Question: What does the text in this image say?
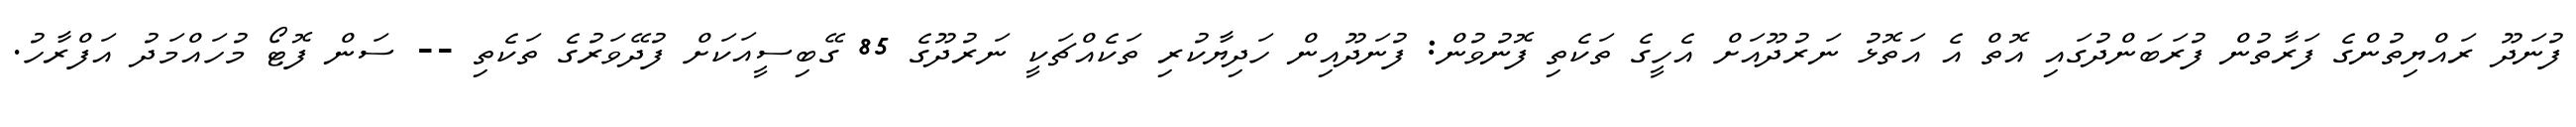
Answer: ފުނަދޫ ރައްޔިތުންގެ ފަރާތުން ފުރަބަންދުގައި އޮތް އެ އަތޮޅު ނަރުދޫއަށް އެހީގެ ތަކެތި ފޮނުވުން: ފުނަދޫއިން ހަދިޔާކުރި ތަކެއްޗަކީ ނަރުދޫގެ 85 ގޭބިސީއަކަށް ފުދޭވަރުގެ ތަކެތި -- ސަން ފޮޓޯ މުހައްމަދު އަފްރާހު.